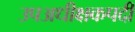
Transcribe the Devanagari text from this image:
उपअधीक्षकपदी